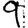
Digit: 9